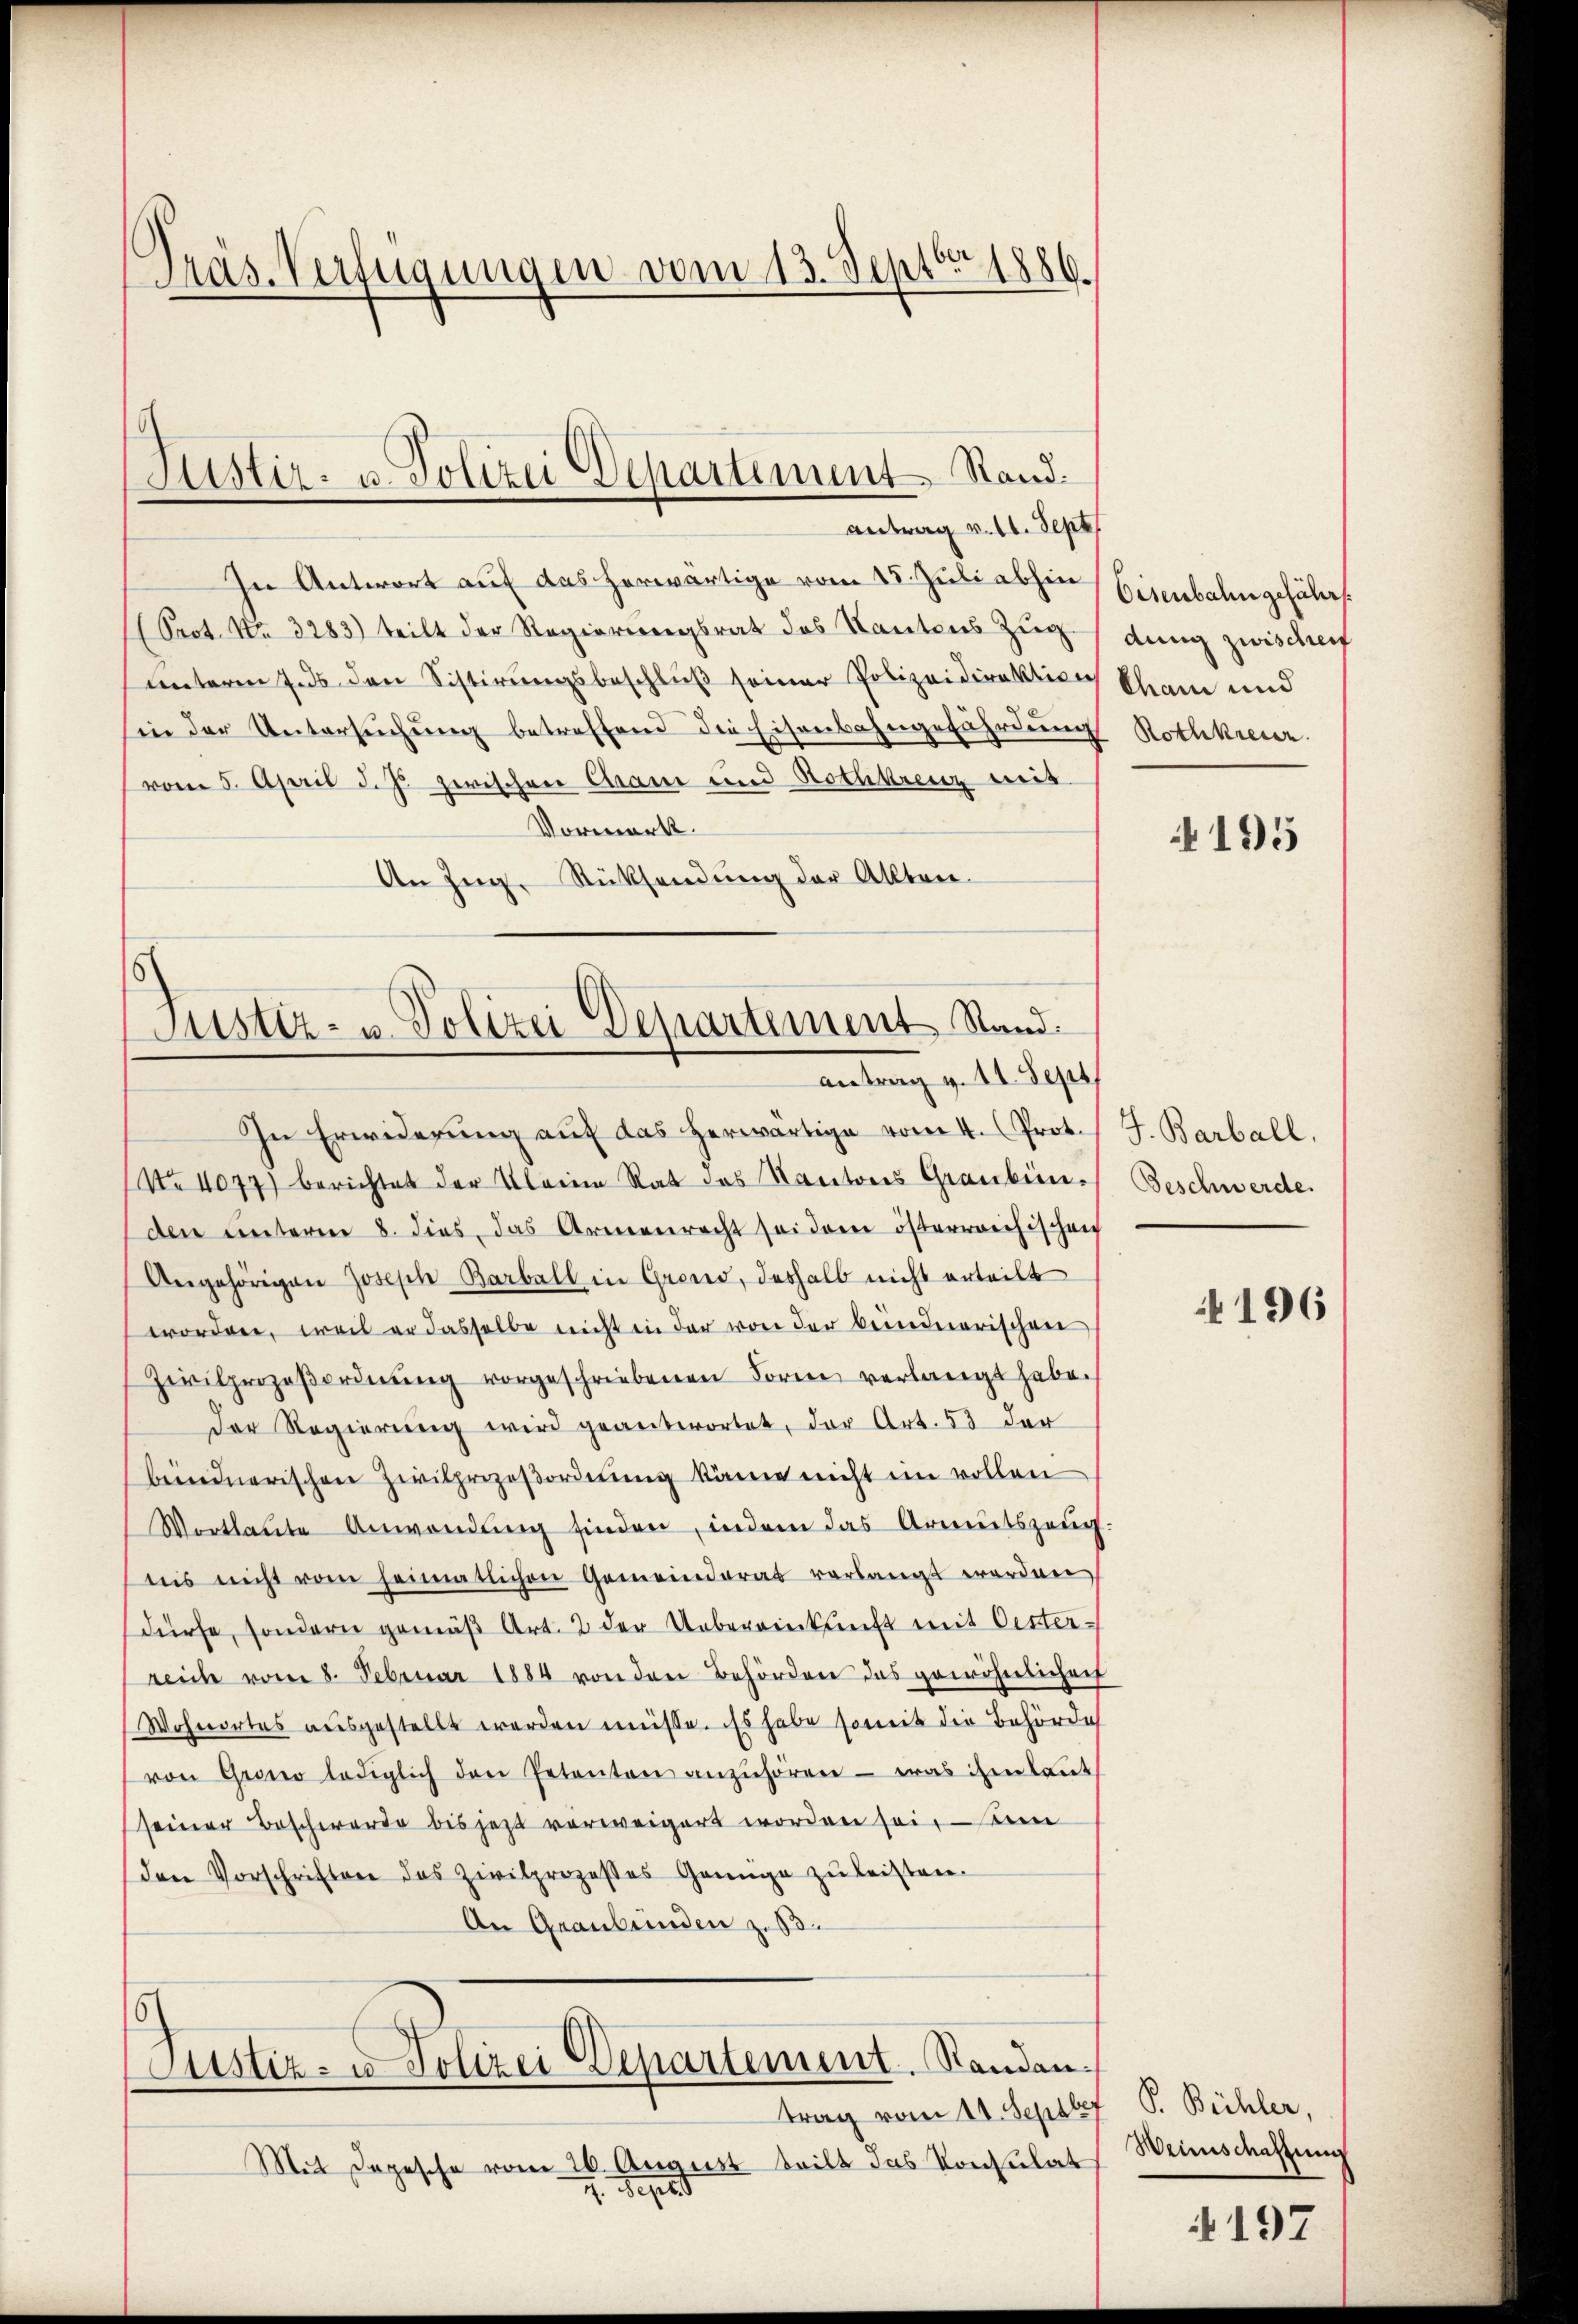
Präs. Verfügungen vom 13. Sept. 1886.

Justiz- u. Polizei Departement Stand.
antrag v. M. Sept

In Antwort auf das herwärtige vom 15. Juli abhen Eisenbahn gefährt.
(Prot. No. 3283) teilt der Regierungsrat des Kantons Zug (dung zwischen
unterm aus den Sistirungsbeschluß seiner Polizeidirektion
hin der Untersŭchŭng betreffend die Eisenbahngefährdung Rothkreuz
vom 5. April d. Js. zerischen Cham und Nothkreuz mit
Vormerk.
An Zug Rücksendung der Allber¬

Justiz- u. Polizei Departement Stand.
antrag v. 11. Sept

In Erwiderŭng auf das herwärtige vom 4. Prot. J. Barball.
No 4077) berichtet der Klein Rat des Kantons Graubünden unterm 8. dies, das Armenrecht sei dem österreichischen
Angehörigen Joseph Barball in Grend, deshalb nicht erteilt
worden, weil er dasselbe nicht in der von der bunderarischen
Zivilprozeβordnŭng vorgeschriebenen Formes verlangt habe.
der Regierung wird geantwortet, der Art. 53 der
biindnerischen Zivilprozeßordnung käme nicht im vollen
Wortlaute Anwendŭng finden, indem das Armutszeŭg-
nis nicht vom heimatlichen Gemeinderat verlangt worden
dürfe, sondern gemäβ Art. 2 der Uebereinkunft mit Oesterreich vom 8. Februar 1884 von den Behörden das gewöhnlicher
Wohnortes ausgestellt werden müsse. Es habe soweit die Behörde
von Grono lediglich den Petenten anzŭhören - was ihm laut
seiner Beschwerde bis jetzt verweigert worden sei, un
den Vorschriften das Zivilprozesses Genüge zŭ leisten.
An Graubünden zu.
.
Justiz- u Polizei Departement. Standen.
trag vom 11. Septbef
Mit Depesche vom 26. August teilt das Konsulat
7. Depes

Cham und

195

Beschwerde.

196

P. Bichler,
Weinschaftung

4197